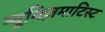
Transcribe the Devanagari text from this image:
न्यूमिज़माटिस्ट